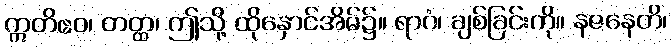
ဣတိဧဝ၊ တတ္ထ၊ ဤသို့ ထိုနှောင်အိမ်၌။ ရာဂံ၊ ချစ်ခြင်းကို။ နဇနေတိ၊